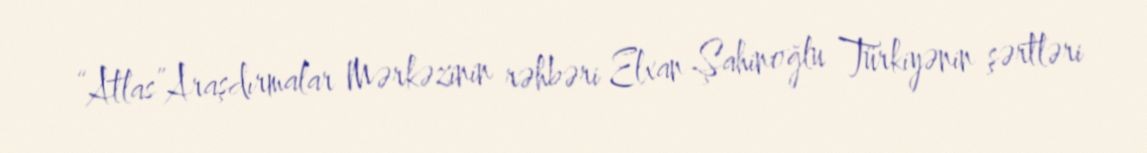
“Atlas”Araşdırmalar Mərkəzinin rəhbəri Elxan Şahinoğlu Türkiyənin şərtləri